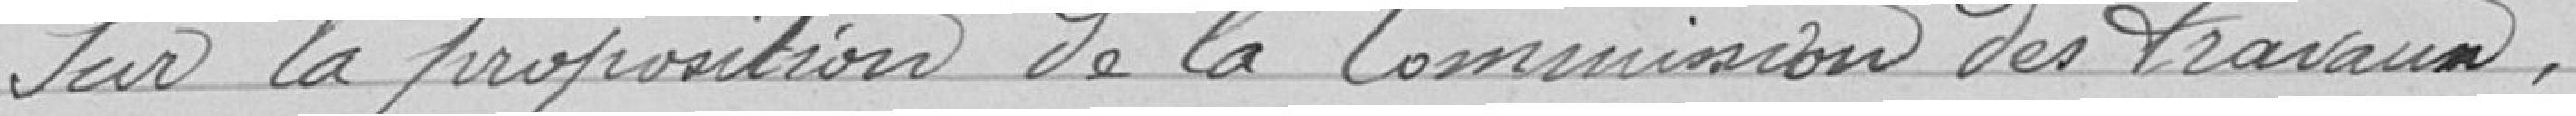
Sur la proposition de la Commission des Travaux